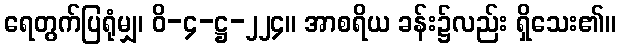
ရေတွက်ပြရုံမျှ၊ ဝိ-၄-ဋ္ဌ-၂၂၄။ အာစရိယ ခန်း၌လည်း ရှိသေး၏။